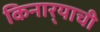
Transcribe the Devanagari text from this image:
किनार्‍याची